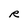
Character: R